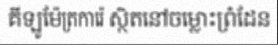
គីឡូម៉ែត្រការ៉េ ស្ថិតនៅចម្លោះព្រំដែន